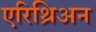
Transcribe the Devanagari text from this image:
एरिथ्रिअन